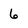
Character: 6